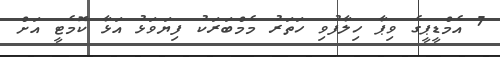
7 އެމްޑީޕީގެ ވިޕާ ހިލާފުވި ހަތަރު މެމްބަރަކު ފިޔަވަޅު އަޅާ ކޮމެޓީ އަށް